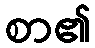
စာ၏